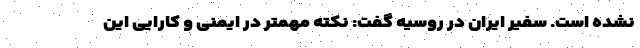
نشده است. سفیر ایران در روسیه گفت: نکته مهمتر در ایمنی و کارایی این